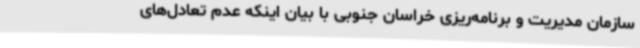
سازمان مدیریت و برنامه‌ریزی خراسان جنوبی با بیان اینکه عدم تعادل‌های